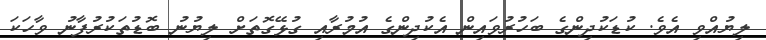
ލިޔުއްވި އެވެ. ކުޑަކުދިންގެ ބަހުރުވައިން އެކުދިންގެ އުމުރާއި ގުޅޭގޮތަށް ލިޔުނު ބޮޑުތަކުރުފާނު ވާހަކަ